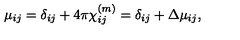
\mu _ { i j } = \delta _ { i j } + 4 \pi \chi _ { i j } ^ { ( m ) } = \delta _ { i j } + \Delta \mu _ { i j } ,